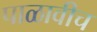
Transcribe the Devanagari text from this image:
पाळावीच